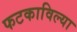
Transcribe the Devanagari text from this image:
फटकाविल्या